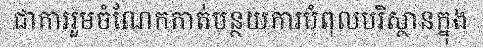
ជាការរួមចំណែកកាត់បន្ថយការបំពុលបរិស្ថានក្នុង